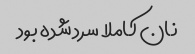
نان کاملا سرد شده بود